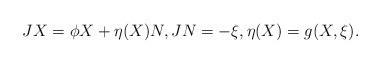
LaTeX: \begin{align*}JX=\phi X+\eta(X)N,JN=-\xi, \eta(X)=g(X,\xi). \end{align*}